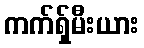
ကက်ရှ်မီးယား